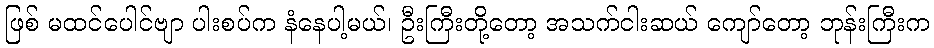
ဖြစ် မထင်ပေါင်ဗျာ ပါးစပ်က နံနေပါ့မယ်၊ ဦးကြီးတို့တော့ အသက်ငါးဆယ် ကျော်တော့ ဘုန်းကြီးက